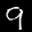
Label: 9